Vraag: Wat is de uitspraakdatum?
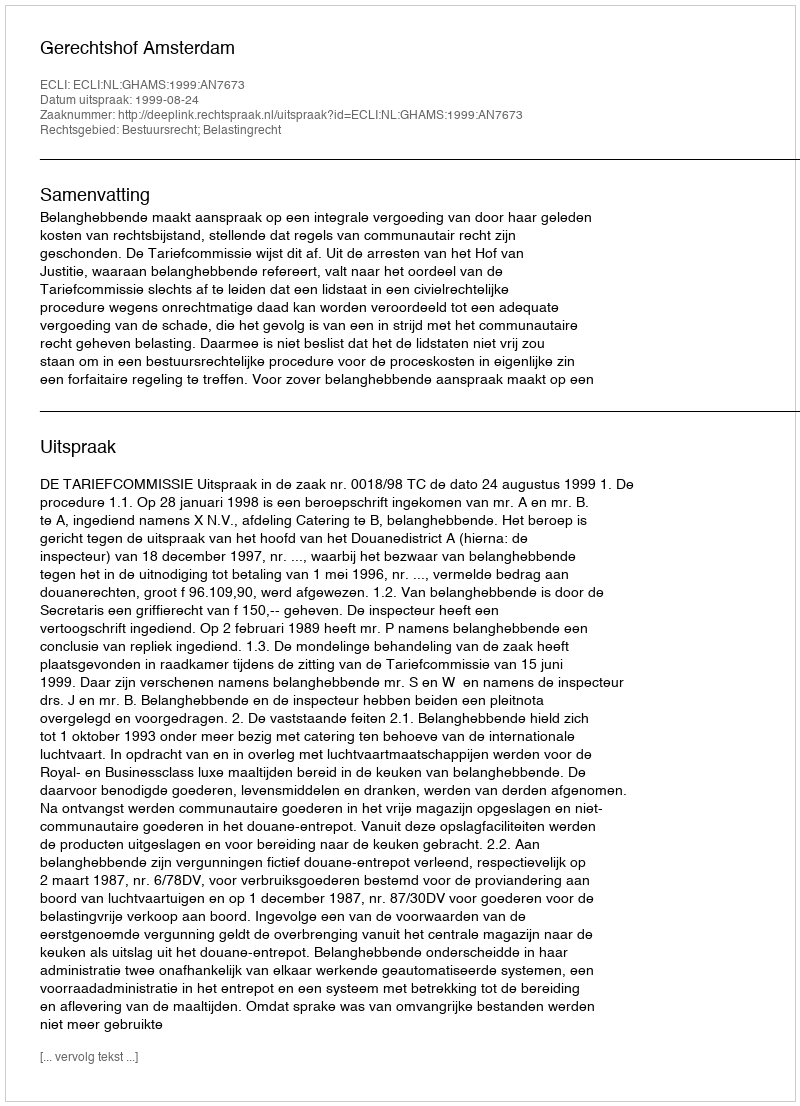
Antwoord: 1999-08-24